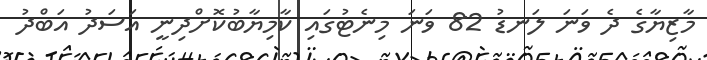
މާޒިޔާގެ ދެ ވަނަ ލަނޑު 82 ވަނަ މިނެޓުގައި ކާމިޔާބުކޮށްދިނީ އަސަދު އަބްދު